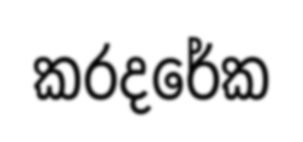
කරදරේක